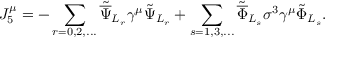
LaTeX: { J _ { 5 } ^ { \mu } } = - \sum _ { r = 0 , 2 , . . . } { \tilde { \overline { { \Psi } } } } _ { L _ { r } } \gamma ^ { \mu } \tilde { \Psi } _ { L _ { r } } + \sum _ { s = 1 , 3 , . . . } { \tilde { \overline { { \Phi } } } } _ { L _ { s } } \sigma ^ { 3 } \gamma ^ { \mu } \tilde { \Phi } _ { L _ { s } } .